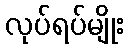
လုပ်ရပ်မျိုး